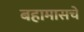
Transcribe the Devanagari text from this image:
बहामासचे